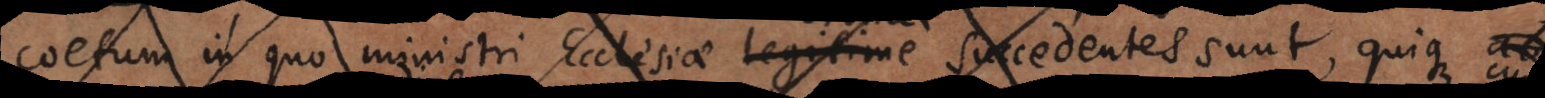
in quo ministri Ecclesiae legitime succedentes sunt, quique